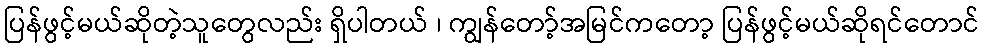
ပြန်ဖွင့်မယ်ဆိုတဲ့သူတွေလည်း ရှိပါတယ် ၊ ကျွန်တော့်အမြင်ကတော့ ပြန်ဖွင့်မယ်ဆိုရင်တောင်